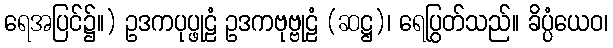
ရေအပြင်၌။) ဥဒကပုပ္ဖုဠံ ဥဒကဗုဗ္ဗုဠံ (ဆဋ္ဌ)၊ ရေပြွတ်သည်။ ခိပ္ပံယေဝ၊